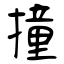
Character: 撞